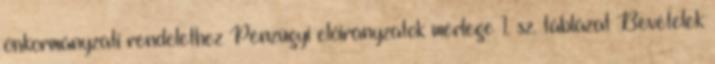
önkormányzati rendelethez Pénzügyi előirányzatok mérlege 1. sz. táblázat Bevételek